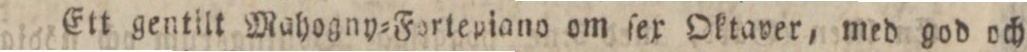
Ett gentilt Mahogny=Fortepiano om ſex Oktaver, med god och